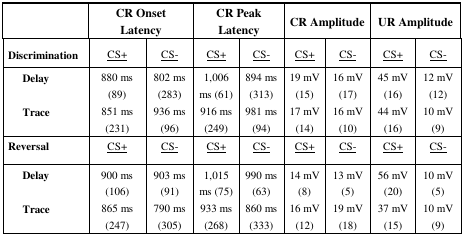
<table><thead><tr><td></td><td colspan="2"><b>CR Onset Latency</b></td><td colspan="2"><b>CR Peak Latency</b></td><td colspan="2"><b>CR Amplitude</b></td><td colspan="2"><b>UR Amplitude</b></td></tr></thead><tbody><tr><td><b>Discrimination</b></td><td><underline>CS+</underline></td><td><underline>CS−</underline></td><td><underline>CS+</underline></td><td><underline>CS−</underline></td><td><underline>CS+</underline></td><td><underline>CS−</underline></td><td><underline>CS+</underline></td><td><underline>CS−</underline></td></tr><tr><td><b>Delay</b><b>Trace</b></td><td>880 ms (89)851 ms (231)</td><td>802 ms (283)936 ms (96)</td><td>1,006 ms (61)916 ms (249)</td><td>894 ms (313)981 ms (94)</td><td>19 mV (15)17 mV (14)</td><td>16 mV (17)16 mV (10)</td><td>45 mV (16)44 mV (16)</td><td>12 mV (12)10 mV (9)</td></tr><tr><td><b>Reversal</b></td><td><underline>CS+</underline></td><td><underline>CS−</underline></td><td><underline>CS+</underline></td><td><underline>CS−</underline></td><td><underline>CS+</underline></td><td><underline>CS−</underline></td><td><underline>CS+</underline></td><td><underline>CS−</underline></td></tr><tr><td><b>Delay</b><b>Trace</b></td><td>900 ms (106)865 ms (247)</td><td>903 ms (91)790 ms (305)</td><td>1,015 ms (75)933 ms (268)</td><td>990 ms (63)860 ms (333)</td><td>14 mV (8)16 mV (12)</td><td>13 mV (5)19 mV (18)</td><td>56 mV (20)37 mV (15)</td><td>10 mV (5)10 mV (9)</td></tr></tbody></table>